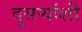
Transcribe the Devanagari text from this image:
दुसऱ्यांशी